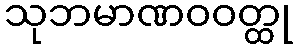
သုဘမာဏဝဝတ္ထု